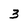
Character: 3